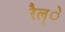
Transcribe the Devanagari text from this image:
रैल्े